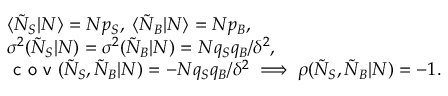
\begin{array} { r l } & { \langle \tilde { N } _ { S } | N \rangle = N p _ { S } , \; \langle \tilde { N } _ { B } | N \rangle = N p _ { B } , } \\ & { \sigma ^ { 2 } ( \tilde { N } _ { S } | N ) = \sigma ^ { 2 } ( \tilde { N } _ { B } | N ) = N q _ { S } q _ { B } / \delta ^ { 2 } , } \\ & { \textsf { c o v } ( \tilde { N } _ { S } , \tilde { N } _ { B } | N ) = - N q _ { S } q _ { B } / \delta ^ { 2 } \; \Longrightarrow \; \rho ( \tilde { N } _ { S } , \tilde { N } _ { B } | N ) = - 1 . } \end{array}